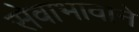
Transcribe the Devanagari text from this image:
सेवाभावाने